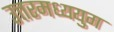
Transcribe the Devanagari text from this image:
उत्तरमध्ययुग